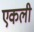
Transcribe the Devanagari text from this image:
एकली